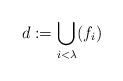
LaTeX: \begin{align*}d:= \bigcup_{i < \lambda} (f_i)\end{align*}